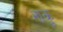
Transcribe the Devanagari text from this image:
नाकु